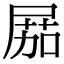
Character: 𡲢